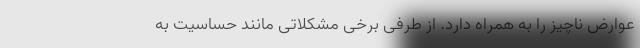
عوارض ناچیز را به همراه دارد. از طرفی برخی مشکلاتی مانند حساسیت به